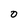
Character: O